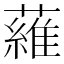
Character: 𬞼